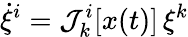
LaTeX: \dot{\xi}^{i}={\cal J}_{k}^{i}[x(t)]\, \xi^{k}